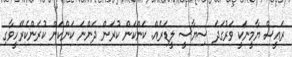
ރައީސް ޔާމީނަކީ ވަރުގަދަ ސިޔާސީ ލީޑަރެއް. ކަންކަން ކުރަން ދަންނަ ކަންކަން ކުރަންކެރޭހީވާގި